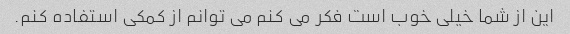
این از شما خیلی خوب است فکر می کنم می توانم از کمکی استفاده کنم.